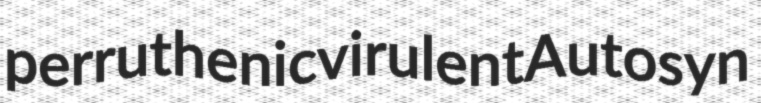
perruthenic virulent Autosyn